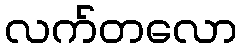
လက်တလော